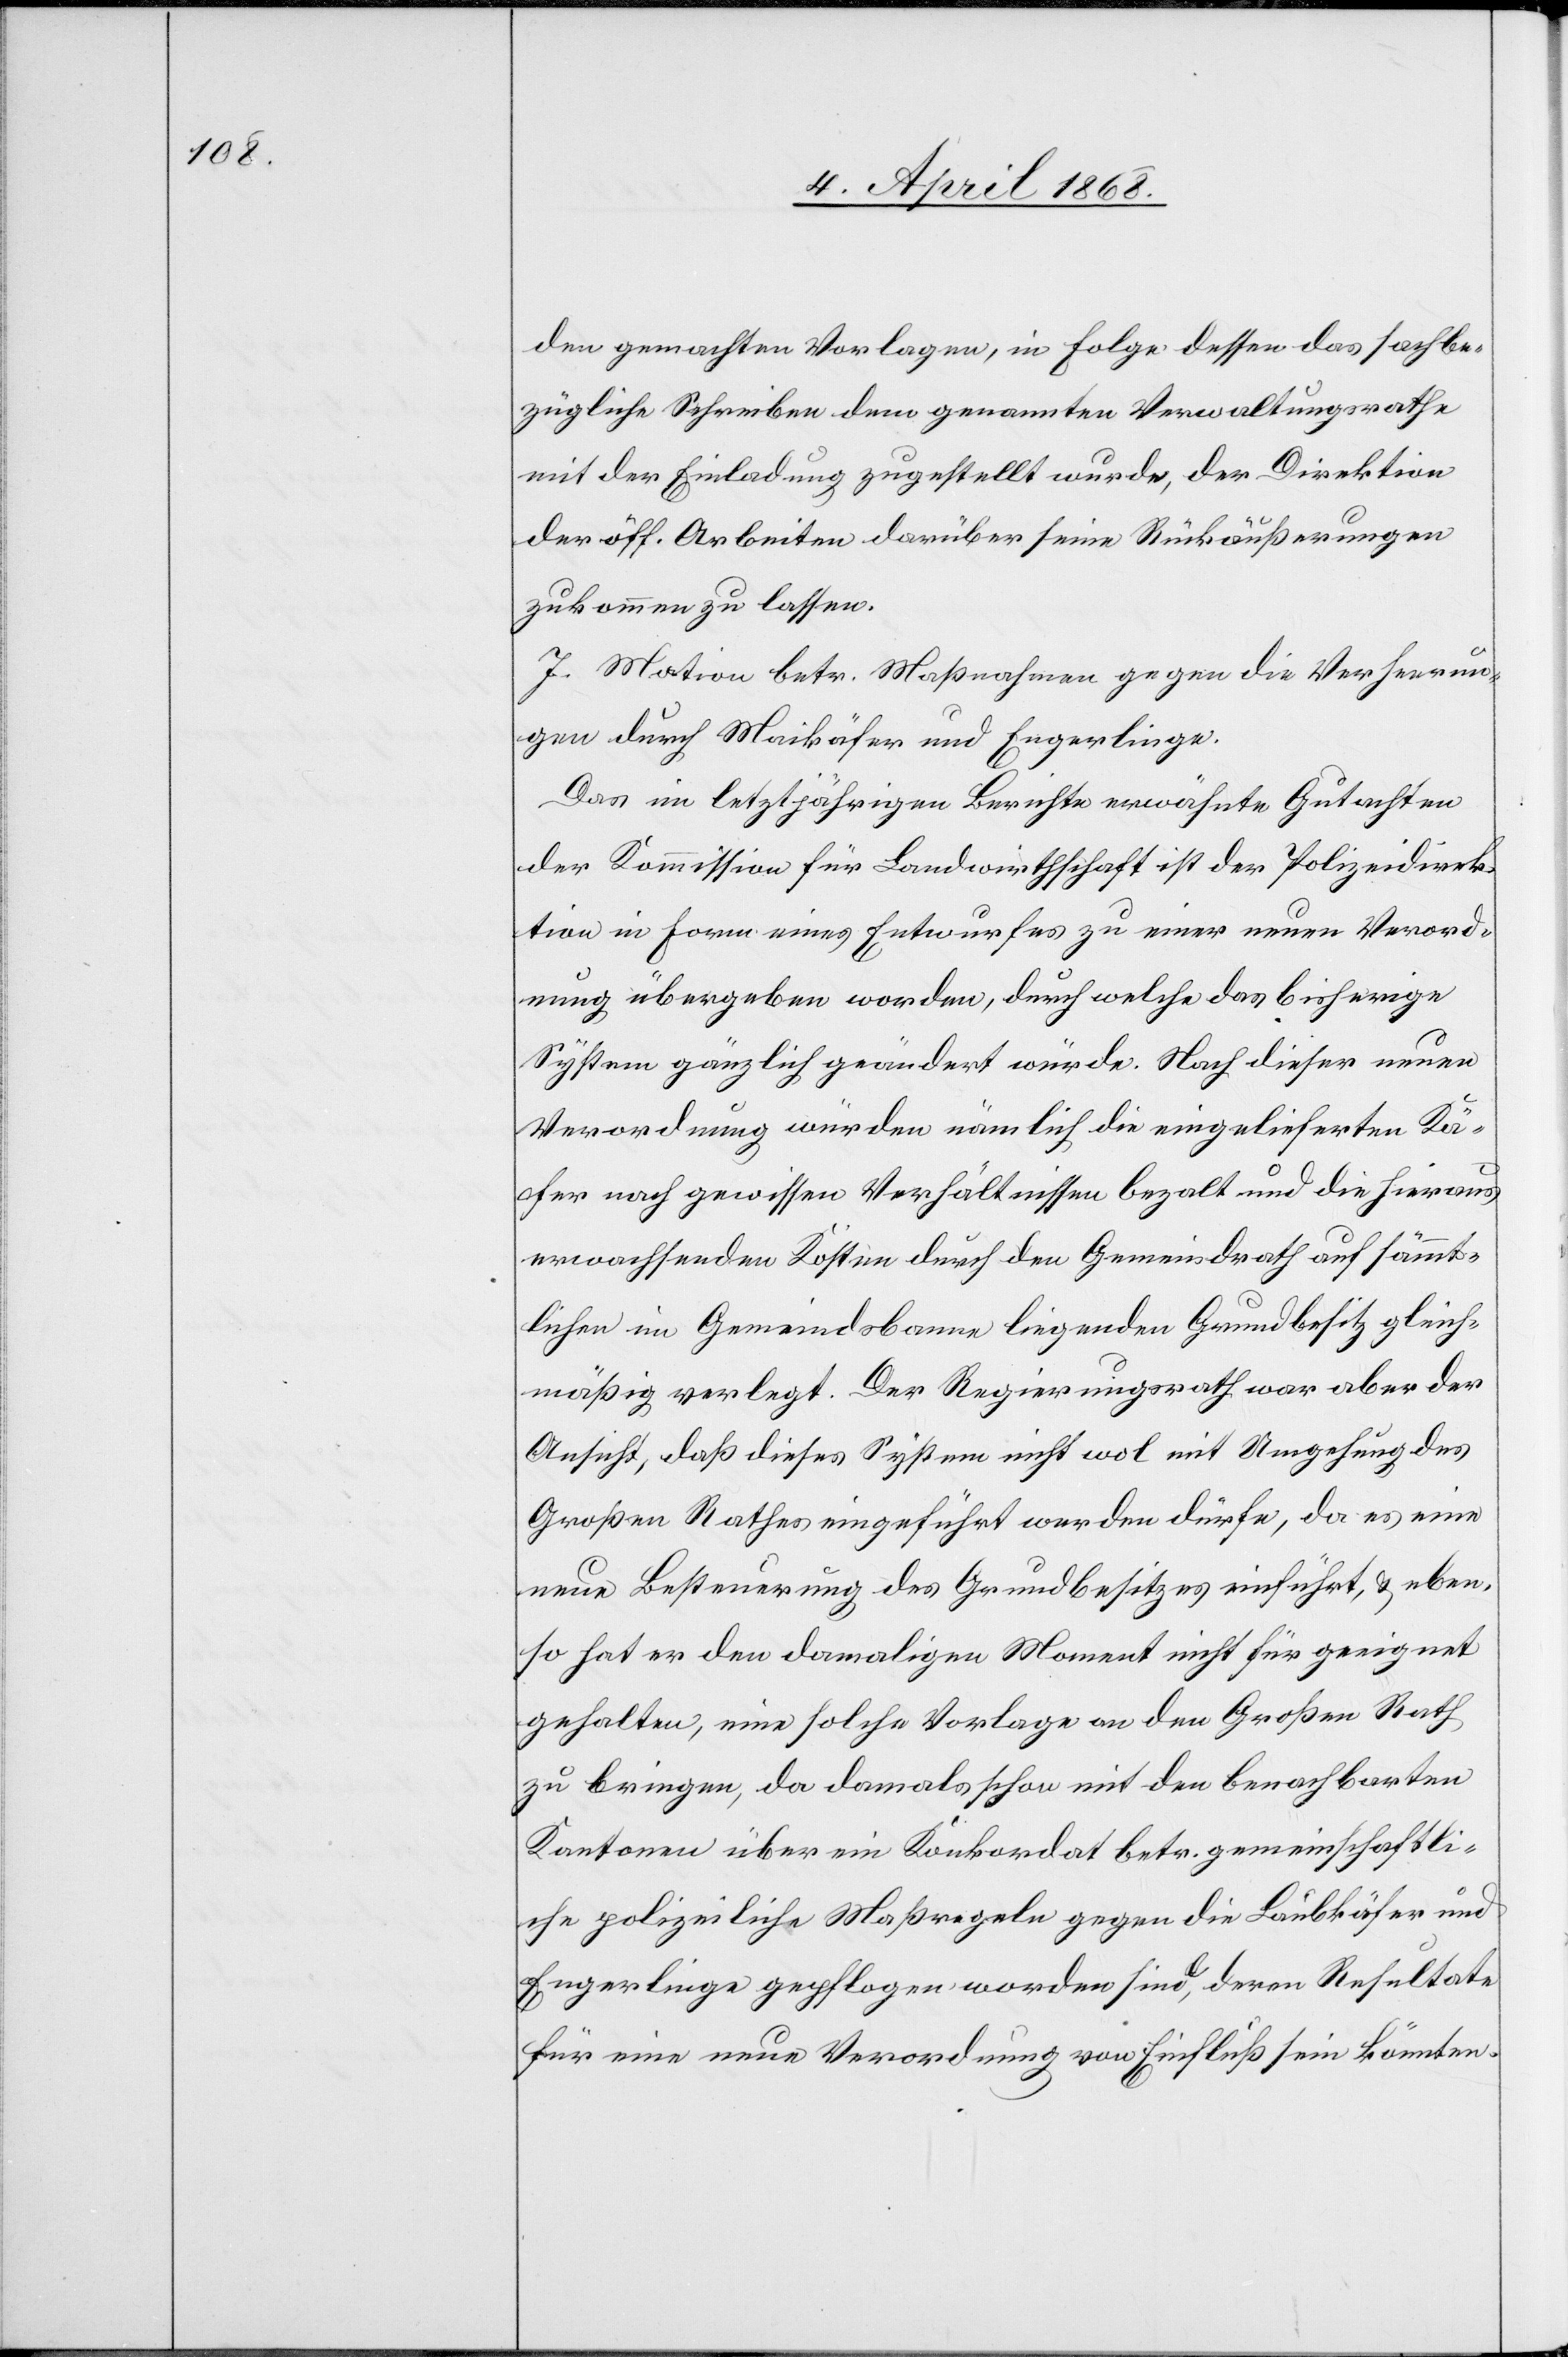
den gemachten Vorlagen, in Folge dessen das sachbe¬
zügliche Schreiben dem genannten Verwaltungsrathe
mit der Einladung zugestellt wurde, der Direktion
der öff. Arbeiten darüber seine Rückäußerungen
zukommen zu lassen.
7. Motion betr. Maßnahmen gegen die Verheerun¬
gen durch Maikäfer und Engerlinge.
Das im letztjährigen Berichte erwähnte Gutachten
der Kommission für Landwirthschaft ist der Polizeidirek¬
tion in Form eines Entwurfes zu einer neuen Verord¬
nung übergeben worden, durch welche das bisherige
System gänzlich geändert würde. Nach dieser neuen
Verordnung würden nämlich die eingelieferten Kä¬
fer nach gewissen Verhältnissen beza[h]lt und die hieraus
erwachsenden Kosten durch den Gemeindrath auf sämmt¬
lichen im Gemeindsbanne liegenden Grundbesitz gleich¬
mäßig verlegt. Der Regierungsrath war aber der
Ansicht, daß dieses System nicht wol mit Umgehung des
Großen Rathes eingeführt werden dürfe, da es eine
neue Besteuerung des Grundbesitzes einführt, & eben¬
so hat er den damaligen Moment nicht für geeignet
gehalten, eine solche Vorlage an den Großen Rath
zu bringen, da damals schon mit den benachbarten
Kantonen über ein Konkordat betr. gemeinschaftli¬
che polizeiliche Maßregeln gegen die Laubkäfer und
Engerlinge gepflogen worden sind, deren Resultate
für eine neue Verordnung von Einfluß sein könnten.